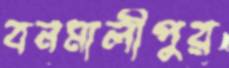
বনমালীপুর